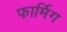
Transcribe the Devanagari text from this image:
फार्मिग